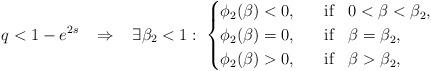
LaTeX: \begin{align*}q<1-e^{2s}\;\;\;\Rightarrow\;\;\;\exists \beta_2<1:\; \begin{cases}\phi_2(\beta)<0,\;\;\; &{\rm if}\;\;\; 0<\beta<\beta_2,\\\phi_2(\beta)=0,\;\;\; &{\rm if}\;\;\; \beta=\beta_2, \\\phi_2(\beta)>0,\;\;\; &{\rm if}\;\;\;\beta>\beta_2,\end{cases}\end{align*}